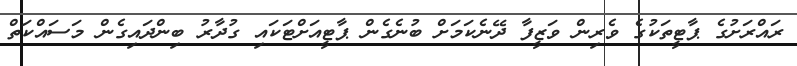
ރައްރަށުގެ ޕާޓީތަކުގެ ވެރިން ވަޒީފާ ދޭނެކަމަށް ބުނެގެން ޕާޓީއަށްޓަކައި ގުދާރު ބިންދައިގެން މަސައްކަތް